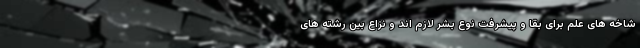
شاخه های علم برای بقا و پیشرفت نوع بشر لازم اند و نزاع بین رشته های